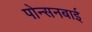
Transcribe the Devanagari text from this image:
पोन्सनबाई